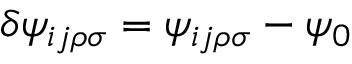
\delta \psi _ { i j \rho \sigma } = \psi _ { i j \rho \sigma } - \psi _ { 0 }